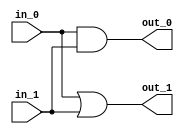
module M2 (in_0,in_1,out_0,out_1);
   input [4:0] in_0;
   input [4:0] in_1;
   output [4:0] out_0;
   output [4:0] out_1;

   assign out_0 = in_0 & in_1;
   assign out_1 = in_0 | in_1;
endmodule



module M1 (in_0,in_1,out_0);
   input [4:0] in_0;
   input [4:0] in_1;
   output [4:0] out_0;

	wire [4:0] w_0;
	wire [4:0] w_1;
	wire [4:0] w_2;
	wire [4:0] w_3;
	wire [4:0] w_4;
	wire [4:0] w_5;
	wire [4:0] w_6;
	wire [4:0] w_7;

	assign w_3 = w_0 + w_1;
	assign out_0 = w_2 & w_3;
   M2 m0(in_0,in_1,w_0,w_1);
   M2 m1(in_0,in_1,w_2,w_3);

endmodule

module mux2to1(in_0,in_1,in_2,data_out);
input [4:0] in_0;
input [4:0] in_1;
input [4:0] in_2;
output [4:0] data_out;
reg [4:0] data_out;
always @(in_0,in_1,in_2)
	begin
		if(in_2== 0)
			data_out =in_0+in_1+in_2;
		else
			data_out = in_1 & in_2;

	end
endmodule


module M0 (in_0,in_1,out_0);
   input [4:0] in_0;
   input [4:0] in_1;
   output [4:0] out_0;

	wire [4:0] w_0;
	wire [4:0] w_1;
	wire [4:0] w_2;
	wire [4:0] w_3;

	assign out_0 =  w_0;
	assign w_0 = w_0 & w_1;

   M1 m0(in_0,in_1,w_2);
   M1 m1(in_0,in_1,w_3);
   mux2to1  m2(in_0,in_1,w_0,out_0);


endmodule